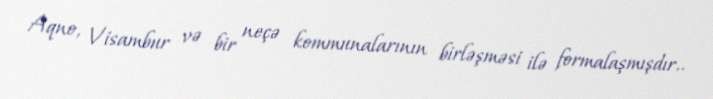
Aqno, Visambur və bir neçə kommunalarının birləşməsi ilə formalaşmışdır..